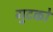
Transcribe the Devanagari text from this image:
गुटको